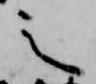
之